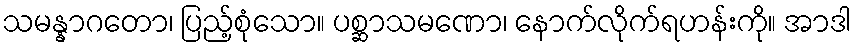
သမန္နာဂတော၊ ပြည့်စုံသော။ ပစ္ဆာသမဏော၊ နောက်လိုက်ရဟန်းကို။ အာဒါ